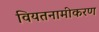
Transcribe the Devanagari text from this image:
वियतनामीकरण